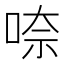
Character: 㖠